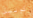
كولين